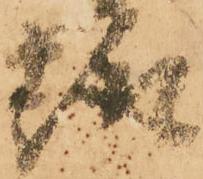
趣